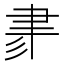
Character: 𦘔